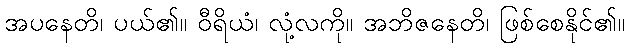
အပနေတိ၊ ပယ်၏။ ဝီရိယံ၊ လုံ့လကို။ အဘိဇနေတိ၊ ဖြစ်စေနိုင်၏။